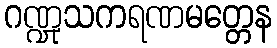
ဂဏ္ဍုသကရဏမတ္တေန